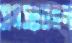
সমস্যাবহুল